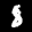
Label: 8